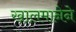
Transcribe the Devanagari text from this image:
खालमानेने